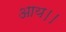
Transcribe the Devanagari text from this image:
आय।।